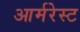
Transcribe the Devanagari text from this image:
आर्मरेस्ट